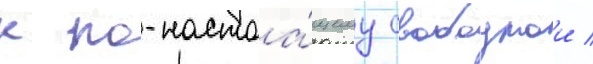
к по-настоа́щему свободнои /